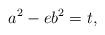
LaTeX: \begin{align*}a^2-eb^2=t,\end{align*}